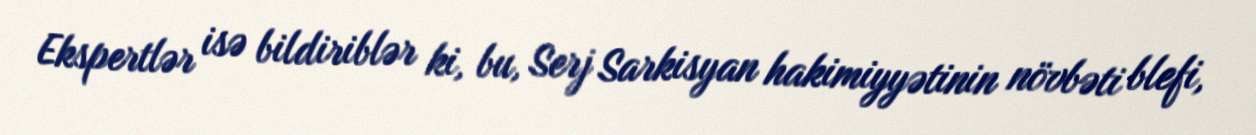
Ekspertlər isə bildiriblər ki, bu, Serj Sarkisyan hakimiyyətinin növbəti blefi,